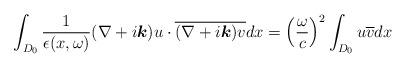
LaTeX: \begin{align*}\int_{D_0}\frac{1}{\epsilon(x,\omega)}(\nabla+i{\boldsymbol k})u\cdot\overline{(\nabla+i{\boldsymbol k})v}dx=\left(\frac{\omega}{c}\right)^2\int_{D_0} u\overline{v}dx\end{align*}